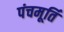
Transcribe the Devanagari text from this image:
पंचमूर्ति